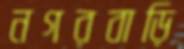
নগরবাড়ি